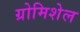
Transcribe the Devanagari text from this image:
ग्रोमिशेल